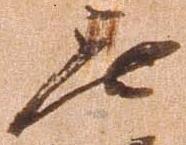
無